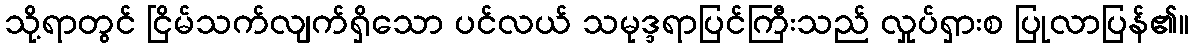
သို့ရာတွင် ငြိမ်သက်လျက်ရှိသော ပင်လယ် သမုဒ္ဒရာပြင်ကြီးသည် လှုပ်ရှားစ ပြုလာပြန်၏။